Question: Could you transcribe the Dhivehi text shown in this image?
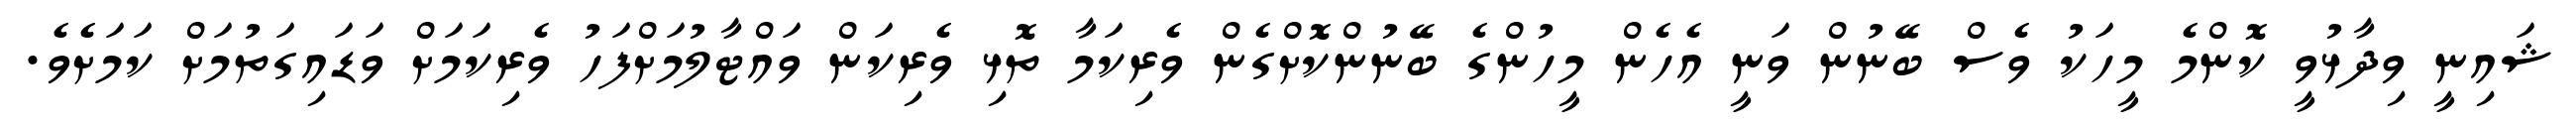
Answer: ޝައިނީ ވިދާޅުވީ ކޮންމެ މީހަކު ވެސް ބޭނުން ވަނީ އެހެން މީހުންގެ ބޭނުންކޮށްގެން ވެރިކަމާ ތޮޅި ވެރިކަން ވައްޓާލުމަށްފަހު ވެރިކަމަށް ވަޑައިގަތުމަށް ކަމަށެވެ.